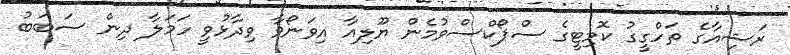
ރަޝިއާގެ ތަހްގީގު ކޮމިޓީގެ ސްޕޯކްސްވުމެން ޔޫލިއާ އިވަނޯވާ ވިދާޅުވީ ހަމަލާ ދިން ސަބަބު